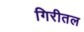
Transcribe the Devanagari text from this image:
गिरीतल